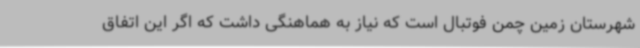
شهرستان زمین چمن فوتبال است که نیاز به هماهنگی داشت که اگر این اتفاق